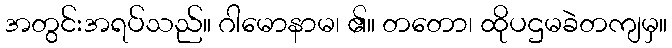
အတွင်းအရပ်သည်။ ဂါမောနာမ၊ ၏။ တတော၊ ထိုပဌမခဲတကျမှ။